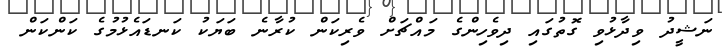
ނަޝީދު ވިދާޅުވި ގޮތުގައި ދިވެހިންގެ މައްޗަށް ވެރިކަން ކުރާނެ ބަޔަކު ކަނޑައެޅުމުގެ ކަންކަން